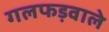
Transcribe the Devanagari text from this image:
गलफड़वाले